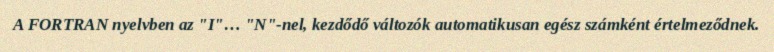
A FORTRAN nyelvben az "I"… "N"-nel, kezdődő változók automatikusan egész számként értelmeződnek.